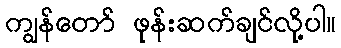
ကျွန်တော် ဖုန်းဆက်ချင်လို့ပါ။